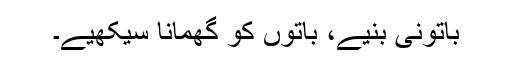
باتونی بنیے، باتوں کو گھمانا سیکھیے۔